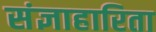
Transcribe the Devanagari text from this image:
संज्ञाहारिता